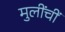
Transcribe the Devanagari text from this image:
मुलींचीं